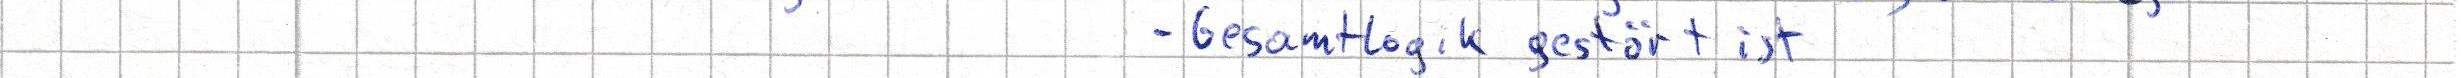
- Gesamtlogik gestört ist